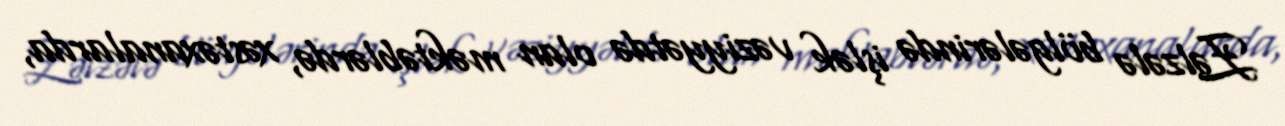
Zəlzələ bölgələrində işlək vəziyyətdə olan məktəblərdə, xəstəxanalarda,